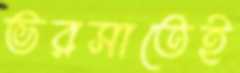
ভরসাতেই